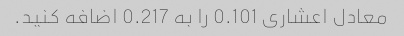
معادل اعشاری 0.101 را به 0.217 اضافه کنید.